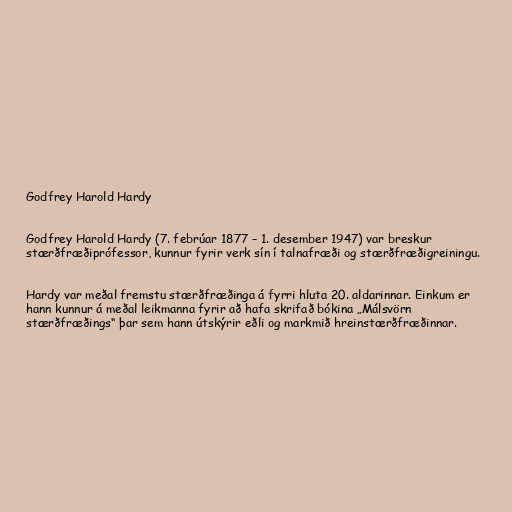
Godfrey Harold Hardy

Godfrey Harold Hardy (7. febrúar 1877 – 1. desember 1947) var breskur
stærðfræðiprófessor, kunnur fyrir verk sín í talnafræði og stærðfræðigreiningu.

Hardy var meðal fremstu stærðfræðinga á fyrri hluta 20. aldarinnar. Einkum er
hann kunnur á meðal leikmanna fyrir að hafa skrifað bókina „Málsvörn
stærðfræðings“ þar sem hann útskýrir eðli og markmið hreinstærðfræðinnar.